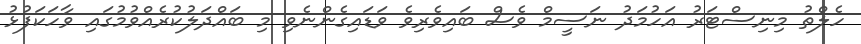
ހެލްތު މިނިސްޓަރު އަހުމަދު ނަސީމް ވެސް ބައިވެރިވެ ވަޑައިގެންނެވި މި ބައްދަލުކުރެއްވުމުގައި ވާހަކަފުޅު